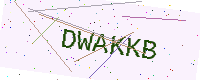
Text: DWAKKB